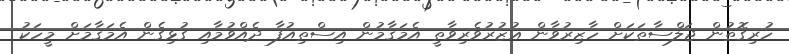
ހުރިގޮތުން ޖަލްސާތަކަށް ހާޒިރުވާން ޢުޒުރުވެރިވާތީ އެމަޤާމުން އިސްތިއުފާ ދެއްވުމާއި ގުޅިގެން އެމަޤާމަށް މީހަކު